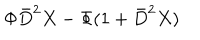
\Phi \bar { D } ^ { 2 } X - \Phi ( 1 + \bar { D } ^ { 2 } X )